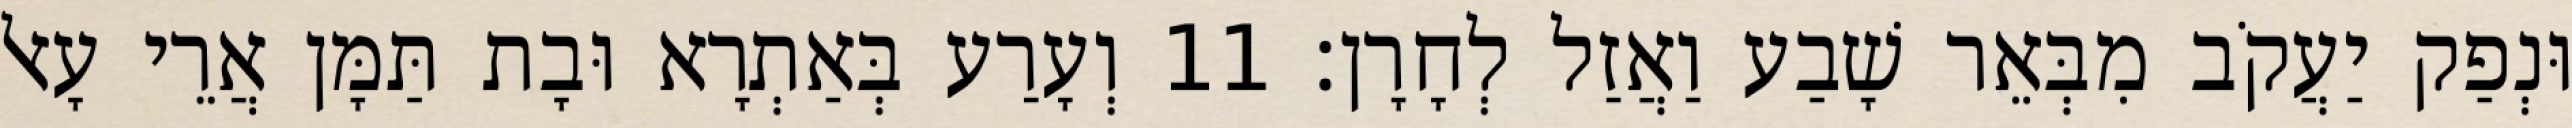
וּנְפַק יַעֲקֹב מִבְּאֵר שָׁבַע וַאֲזַל לְחָרָן׃ 11 וְעָרַע בְּאַתְרָא וּבָת תַּמָּן אֲרֵי עָאל